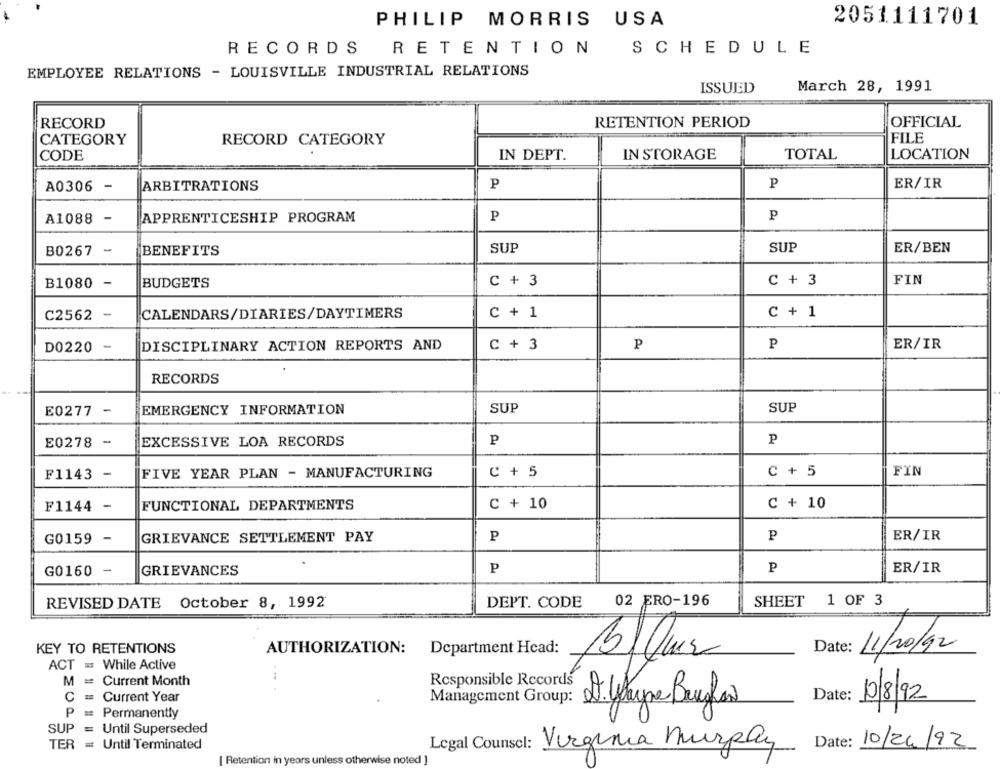
PHILIP MORRIS USA
2051111701
RECORDS
RETENTION
SCHEDULE
EMPLOYEE RELATIONS - LOUISVILLE INDUSTRIAL RELATIONS
ISSUED
March 28, 1991
RECORD
RETENTION PERIOD
OFFICIAL
FILE
CATEGORY
RECORD CATEGORY
IN DEPT.
IN STORAGE
TOTAL
LOCATION
CODE
P
P
ER/IR
A0306 -
ARBITRATIONS
A1088
-
APPRENTICESHIP PROGRAM
P
P
B0267 -
BENEFITS
SUP
SUP
ER/BEN
B1080 -
BUDGETS
C + 3
C + 3
FIN
C2562
-
CALENDARS/DIARIES/DAYTIMERS
C + 1
C + 1
-
DISCIPLINARY ACTION REPORTS AND
P
P
ER/IR
D0220
C + 3
RECORDS
E0277 -
EMERGENCY INFORMATION
SUP
SUP
E0278 -
EXCESSIVE LOA RECORDS
P
P
F1143 -
FIVE YEAR PLAN - MANUFACTURING
C + 5
C + 5
FIN
F1144 -
FUNCTIONAL DEPARTMENTS
C + 10
C + 10
GRIEVANCE SETTLEMENT PAY
P
P
ER/IR
G0159 -
P
P
ER/IR
G0160 -
GRIEVANCES
02 ERO-196
REVISED DATE October 8, 1992
DEPT. CODE
SHEET 1 OF 3
KEY TO RETENTIONS
AUTHORIZATION:
Department Head:
Date:
11/20/92
ACT = While Active
Current Month
Responsible Records
Current Year
Date:
10/8/92
Management Group: D. Wayne Baughow
Permanently
SUP = Until Superseded
TER = Until Terminated
Date: 10/24/92
Legal Counsel: Virginia Murpay
[ Retention in years unless otherwise noted ]